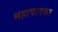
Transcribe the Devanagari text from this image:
महापातका